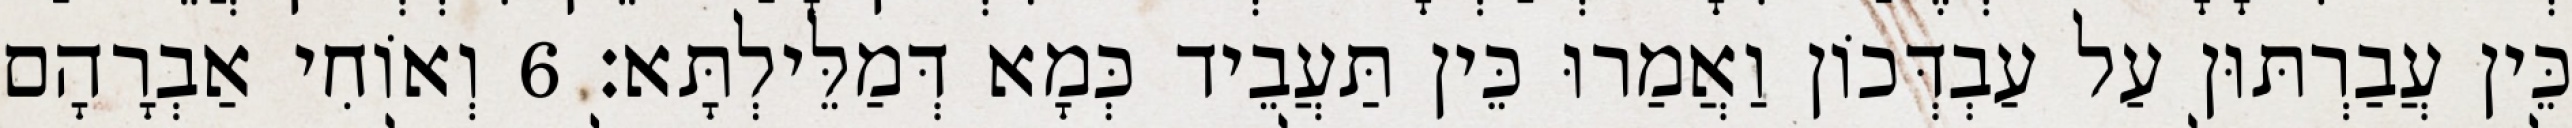
כֵּין עֲבַרְתּוּן עַל עַבְדְּכוֹן וַאֲמַרוּ כֵּין תַּעֲבֵיד כְּמָא דְּמַלֵּילְתָּא׃ 6 וְאוֹחִי אַבְרָהָם